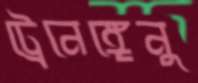
ট্রেনেঙ্গেনু